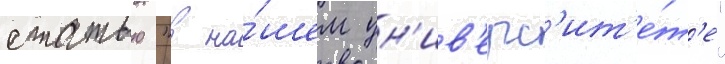
статью "в на́шем ун'ив'ерс'ит'е́т'е"